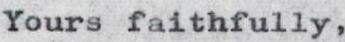
Yours faithfully,